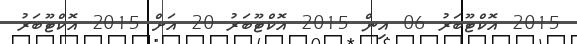
2015 އޮކްޓޫބަރު 06 އިން 2015 އޮކްޓޫބަރު 20 އަށް 2015 އޮކްޓޫބަރު